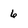
Character: 6